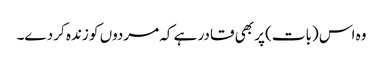
وہ اس (بات) پر بھی قادر ہے کہ مردوں کو زندہ کر دے۔